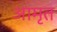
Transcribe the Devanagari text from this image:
आमृत